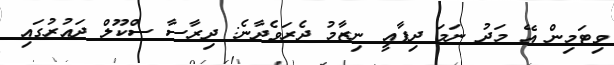
ވިޓަމިން އޭ މަދު ނަމަ ދިފާއީ ނިޒާމު ދެރަވެދާނެ: ދިރާސާ ސްކޫލް ދައުރުގައި